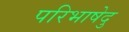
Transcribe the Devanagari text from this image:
परिभाषेदु